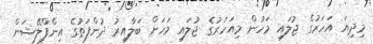
މިދިޔަ އަހަރުގެ ޖުލައި މަހުން މިއަހަރުގެ ޖުލައި މަހަށް ބަލާއިރު ދުންފަތުގެ އިންފްލޭޝަން